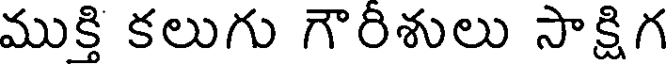
ముక్తి కలుగు గౌరిశులు సాక్షిగ